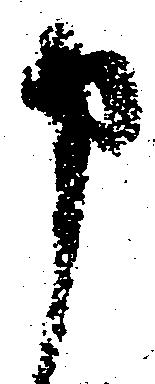
申